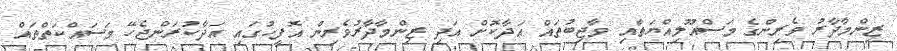
ޒިންމާދާރު ވެރިންގެ މަސްއޫލިއްޔަތާއި ވާޖިބުތައް އަދާކޮށް އަދި ޒިންމާދާރުވެރިން އޮފީހުގައި އަދާކުރަންޖެހޭ މަސައްކަތްތައް